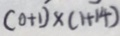
( 0 + 1 ) \times ( 1 + 1 4 )